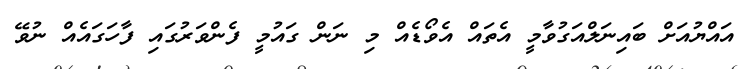
އައްޔުއަށް ބައިނަލްއަގުވާމީ އެތައް އެވޯޑެއް މި ނަން ގައުމީ ފެންވަރުގައި ފާހަގައެއް ނުވޭ